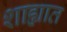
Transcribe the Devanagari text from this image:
शाह्यात